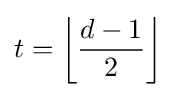
t=\left\lfloor {\frac {d-1}{2}}\right\rfloor